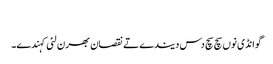
‏
گوانڈی نوں سچ سچ دس دیندے تے نقصان بھرن لئی کہندے۔